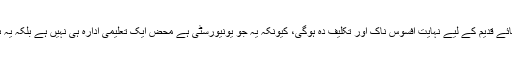
اگر ایسی کوئی بات ہوتی بھی ہے تو یہ پوری علیگ برادری بشمول ابنائے قدیم کے لیے نہایت افسوس ناک اور تکلیف دہ ہوگی، کیونکہ یہ جو یونیورسٹی ہے محض ایک تعلیمی ادارہ ہی نہیں ہے بلکہ یہ ہندوستانی مسلمانوں کے ساتھ ساتھ دیگر فرقوں کا ثقافتی ورثہ بھی ہے۔